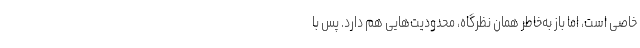
خاصی است، اما باز به‌خاطر همان نظرگاه، محدودیت‌هایی هم دارد. پس با